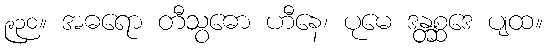
၉၃၀။ အဓရော တီသွဓော ဟီနေ၊ ပုမေ ဒန္တစ္ဆဒေ ပျထ။